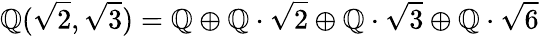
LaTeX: \mathbb{Q}({\sqrt{2}},{\sqrt{3}})=\mathbb{Q}\oplus\mathbb{Q}\cdot{\sqrt{2}}\oplus\mathbb{Q}\cdot{\sqrt{3}}\oplus\mathbb{Q}\cdot{\sqrt{6}}